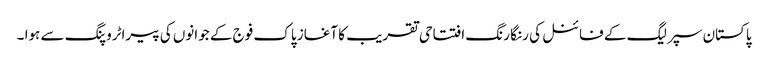
پاکستان سپر لیگ کے فائنل کی رنگا رنگ افتتاحی تقریب کا آغاز پاک فوج کے جوانوں کی پیراٹروپنگ سے ہوا ۔